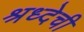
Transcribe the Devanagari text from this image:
श्रध्देची